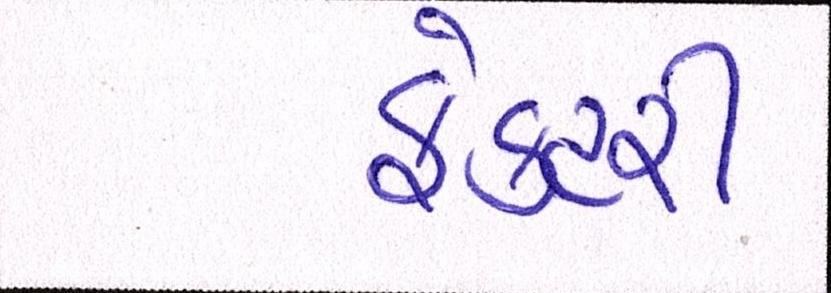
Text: ફેક્ટરી